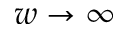
w \rightarrow \infty